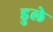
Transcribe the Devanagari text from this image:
डुले